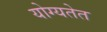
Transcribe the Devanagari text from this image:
योग्यतेत